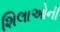
શિલાઓની